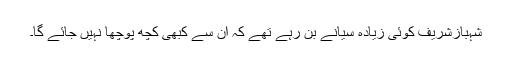
شہبازشریف کوئی زیادہ سیانے بن رہے تھے کہ اُن سے کبھی کچھ پوچھا نہیں جائے گا۔